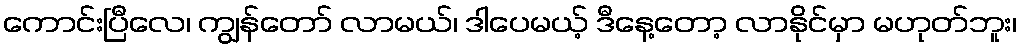
ကောင်းပြီလေ၊ ကျွန်တော် လာမယ်၊ ဒါပေမယ့် ဒီနေ့တော့ လာနိုင်မှာ မဟုတ်ဘူး၊